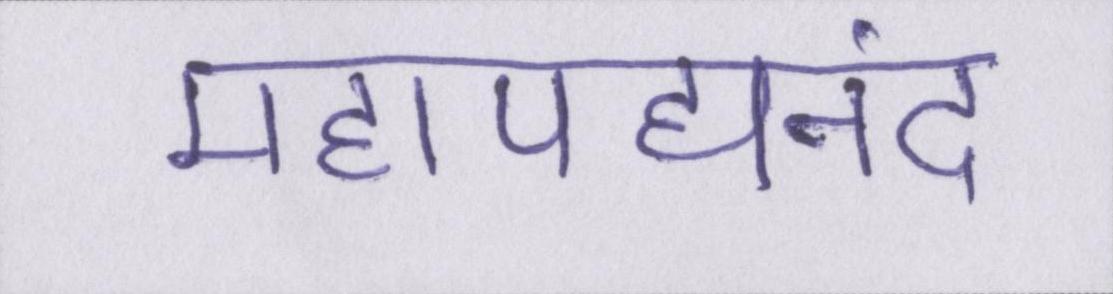
महापद्यनंद